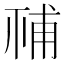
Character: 𥙳